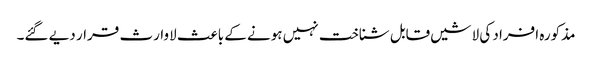
مذکورہ افراد کی لاشیں قابل شناخت نہیں ہونے کے باعث لاوارث قرار دیے گئے۔